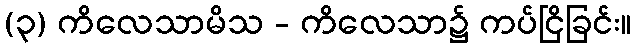
(၃) ကိလေသာမိသ - ကိလေသာ၌ ကပ်ငြိခြင်း။